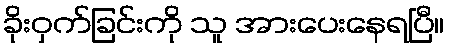
ခိုးဝှက်ခြင်းကို သူ အားပေးနေရပြီ။